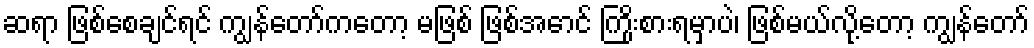
ဆရာ ဖြစ်စေချင်ရင် ကျွန်တော်ကတော့ မဖြစ် ဖြစ်အောင် ကြိုးစားရမှာပဲ၊ ဖြစ်မယ်လို့တော့ ကျွန်တော်